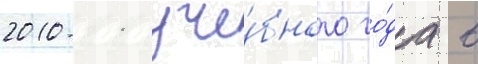
2010-11 уче́бного го́да в